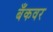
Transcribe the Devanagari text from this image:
बँकवर